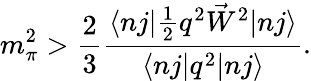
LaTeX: m_{\pi}^{2}>\frac{2}{3}\frac{\langle nj|\frac{1}{2}q^{2}\vec{W}^{2}|nj\rangle}{\langle nj|q^{2}|nj\rangle}.